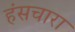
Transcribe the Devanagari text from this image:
हंसचारा